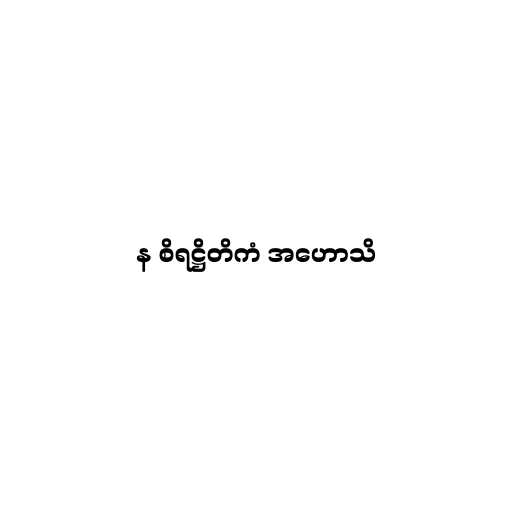
န စိရဋ္ဌိတိကံ အဟောသိ